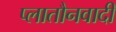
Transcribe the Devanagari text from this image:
प्लातौनवादी